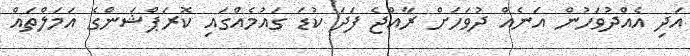
އަދި އެއްދުވަހުން އަނެއް ދުވަހަށް ރާއްޖެ ފަދަ ކުޑަ ގައުމެއްގައި ކޮރަޕްޝަންގެ އަމަލްތައް